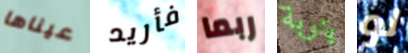
عيناها فأريد ربما بنوبة لو